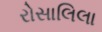
રોસાલિલા